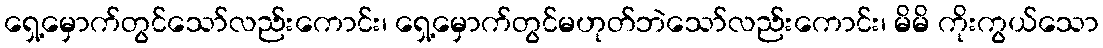
ရှေ့မှောက်တွင်သော်လည်းကောင်း၊ ရှေ့မှောက်တွင်မဟုတ်ဘဲသော်လည်းကောင်း၊ မိမိ ကိုးကွယ်သော